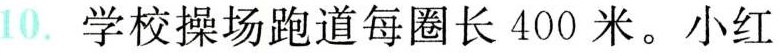
10.学校操场跑道每圈长400米。小红